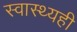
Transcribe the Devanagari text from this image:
स्वास्थ्यही